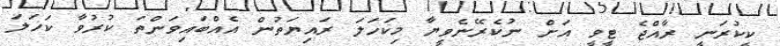
ކީކުރަނީ ރާއްޖެ ޓީވީ އަށް ނުކެރޭނެވީޔާ މިކަހަލަ ރައިޔަތުން އެއްބައިވަންތަ ކުރުވާ ކަހަލަ